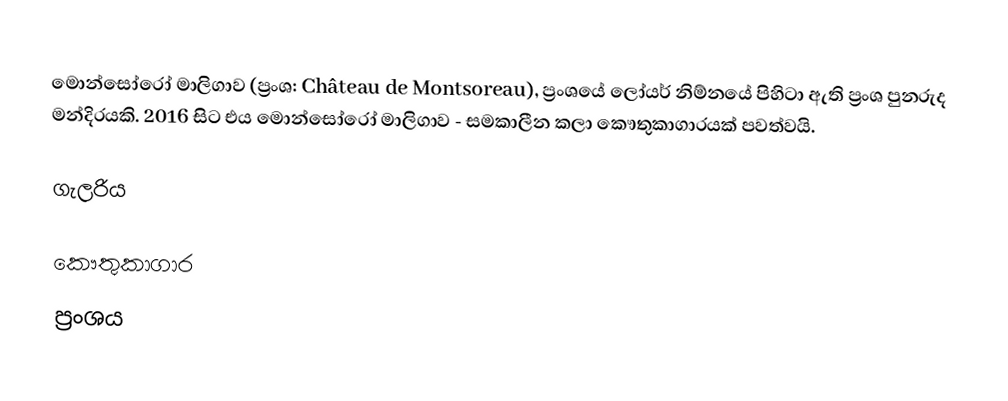
මොන්සෝරෝ මාලිගාව (ප්‍රංශ: Château de Montsoreau), ප්‍රංශයේ ලෝයර් නිම්නයේ පිහිටා ඇති ප්‍රංශ පුනරුද මන්දිරයකි. 2016 සිට එය මොන්සෝරෝ මාලිගාව - සමකාලීන කලා කෞතුකාගාරයක් පවත්වයි.

ගැලරිය

කෞතුකාගාර
ප්‍රංශය